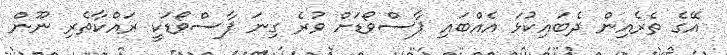
އޭގެ ތެރެއިން ދެބައިކުޅަ އެއްބައި ޕާސްވޯޑަށް ވުރެ ގިނަ ޕާސްވޯޑަކީ ރައްކާތެރި ނޫން